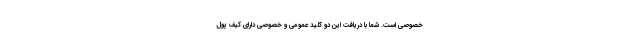
خصوصی است. شما با دریافت این دو کلید عمومی و خصوصی دارای کیف پول